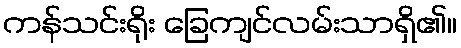
ကန်သင်းရိုး ခြေကျင်လမ်းသာရှိ၏။